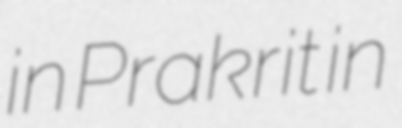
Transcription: in Prakrit in